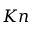
K n